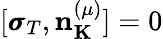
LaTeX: [{\pmb\sigma}_{T},{\mathbf n}_{\mathbf K}^{(\mu)}]=0